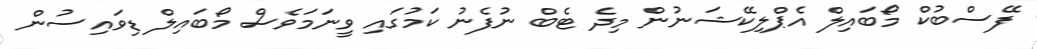
ފޭސްބުކް މޯބައިލް އެޕްލިކޭޝަނުން މިދެ ޓެބް ނުފެނު ކަމުގައި ވީނަމަވެސް މޯބައިލް ޑިވައިސުން